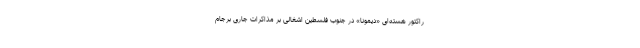
راکتور هسته‌ای «دیمونا» در جنوب فلسطین اشغالی بر مذاکرات جاری برجام